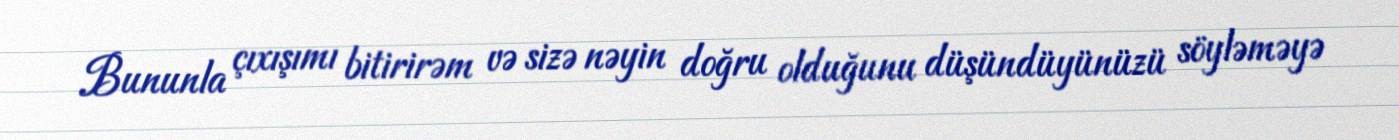
Bununla çıxışımı bitirirəm və sizə nəyin doğru olduğunu düşündüyünüzü söyləməyə